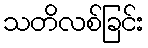
သတိလစ်ခြင်း